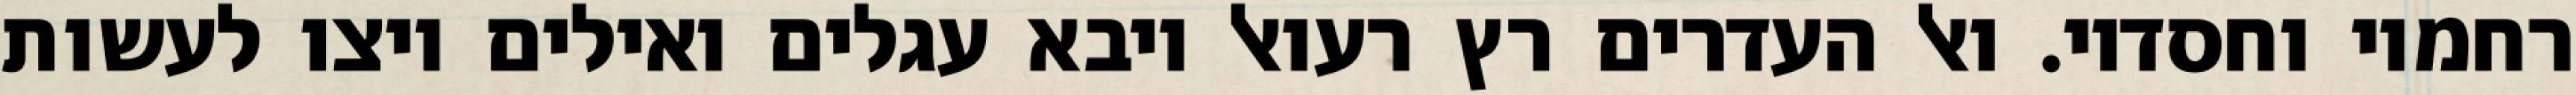
רחמיו וחסדיו. ואל העדרים רץ רעואל ויבא עגלים ואילים ויצו לעשות